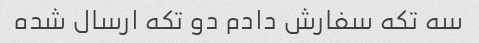
سه تکه سفارش دادم دو تکه ارسال شده